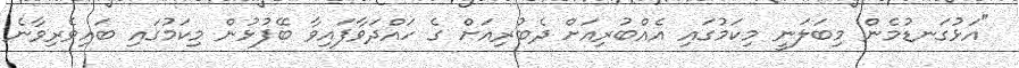
"އަޅުގަނޑުމެން މިބަލަނީ މިކަމުގައި އެއްބުރިއަށް ދެބުރިއަށް ގެ ހައްދަވާފައިވާ ބޭފުޅުން މިކަމުގައި ބައިވެރިވާނެ